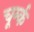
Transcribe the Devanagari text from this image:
चूर्म्क